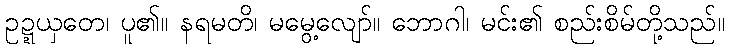
ဥဍ္ဍယှတေ၊ ပူ၏။ နရမတိ၊ မမွေ့လျော်။ ဘောဂါ၊ မင်း၏ စည်းစိမ်တို့သည်။